Medical and sanitary report of the native army of Madras for the year
Year: 1872
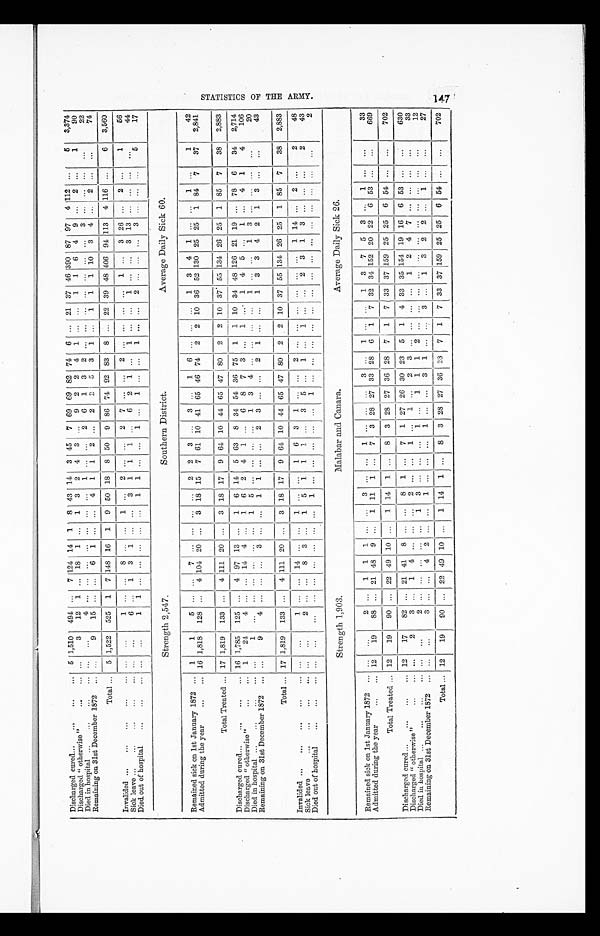
Discharged cured ...
...
...
... 5 1,510 494 ...
7 124 14 1 8 43 14 3 45 7 69 69 82 74 6 ... 21 37 46 390 87 97 4 112 ...
5
3,374
Discharged" otherwise"
...
... ...
3
12 1 ... 18 1 ... 1 3 2 4 3 ...
9 2 2 4 1 ...
... 1 1 6 4 9 ... 2 ...
1
90
Died in hospita ...
...
...
... ...
..,
4 ... ...
... ... ... ... ... 1 ... ... 2
6 1 3 2
. ..
... ... ... ... ... ... 3 ... ... ... ...
22
Remaining on 31st December 1872 ... ...
9
15 ... ... 6 1 ... ...
4 1 1 2 ... 2 2 5 3 1 ...
1 1 1 10 3 4 ... 2 ... ...
74
Total ... 5 1,522 525 1 7 148 16 1 9 50 18 8 50 9 86 74 92 83 8 ... 22 39 48 406 94 113 4 116 ...
6
3,560
Invalided ...
...
...
... ... ... ...
1 ... ...
8 ... ...
1 ... 2 ... ...
2 7 ...
..
2 .. ... ... ...
1 ... 3 26 ...
2
1
56
Sick leave ...
... ... ...
... ...
...
6 ... 1 3 1 ... ...
3 1 1 1 ...
6 2
1 ...
1 ... ...
1 ... ... 3 13 ... ... ... ...
44
Died.out of hospital
..
... ... ...
... 1
1 ... ... ... ... ... 1 1 ... .. 1 ... 1 ... ... 1 ...
...
2 ... ... ... 3 ... ... ...
5
17
Strength 2,547.
Southern District.
Average Daily Sick 60.
Remained sick on 1st January 1872 ... 1
1
5 ... ...
7 ... ...
...
...
2 2 3
...
3 ...
1 6 ... ...
...
1 3 4 1 ... ...
1
...
1
42
Admitted during the year
...
... 16 1,818 128 ...
4 104 20 ... 3. 18 15 7 61 10 41 65 46 74 2 2 10 36 52 130 25 25 1 84
7
37
2,841
Total Treated ... 17 1,819 133 ... 4 111 20 ...
3 18 17 9 64 10 44 65 47 80 2 2 10 37 55 134 26 25 1 85 7
38
2,883
Discharged curecl... ...
...
...
... 16 1,785 125 ... 4 97 13 ...
1 6 14 5 63 8 34 54 36 75 1 1 10 34 48 126 21 19 ... 78 6
34
2,714
Discharged" otherwise"
...
... 1
24
4 ... ... 14 4 ...
1 6 2 4 1 ...
6 8 7 3 ... 1 ...
1 4 5 ...
1 ... 4 1
4
106
Died in hospital ...
... ...
... ... 1
...
... ... ... ... ... 1 5 ... ... ... ... 1 3 4 ... ... ... ... 1 ... ... 1 3 ... ... ... ...
20
Remaining on 31s. t. December 1872 ... ...
9
4 ... ... ... 3 ... ... 1 1 ... ...
2 3 ... ...
2 1 ... ...
1 3 3 4 2 1 3 ...
...
43
Total ... 17 1,819 133 ...
4 111 20 ...
3 18 17 9 64 10 44 65 47 80 2 2 10 37 55 134 26 25 1 85 7
38
2883
Invalided ...
...
...
...
... ... ... 1
... ... 14 ... ... 1
. . . ... 1 6 3 1
. . . . ... 2 ... ... ... ...
... ...
1 14 ...
2 ...
2
48
Sick leave
...
... ...
... ... ...
2 . . . . . .
8 3 ...
1 5 1 1 1 . . .
3 5 ...
1 ...
1 ... ...
2 3 1 3 ... ... ...
2
43
Died out of hospital
... ...
...
...
... ... ... ... ... ... ...
1 ... ... ... ... ...
1 ... ... ... ...
... ... ... ... ... ... ... ... ...
2
Strength 1,903.
Malabar and Canara.
Average Daily Sick 26.
Remained sick. on lst January 1872 ... ... ...
2 ...
1 1
... ...
... 3 ... ...
1
...
...
. . .
3 ...
1 ... ...
1 3 7 5 3
...
1
... ...
33
Admitted during the year
...
... 12
19
88 ... 21 48 9 ...
1 11 1 ... 7 3 28 27 33 2 8 6 1 7 32 34 152 20 22
6
53
... ...
669
Total Treated ... 12
19
90 ... 22 49 10 ...
1 14 1 ... 8 3 28 27 36 28 7
1 7 33 37 159 25 25 6 54 ... ...
702
Discharged curecl ...
...
...
... 12
17
82 ...
21
41 8 ... ... 8 1 ...
7 1 27 26 30 23 5 1 4 33 35 154 19 16 6 53
... ...
630
Discharged " otherwise"
...
... ...
2
3 ...
1 4 ... ... ...
2 ... ...
1 ...
1 ...
2 3 ... ... ... ...
1 2 4 7 ... ... ...
...
33
Died in hospita ...
...
...
... ... ... 2
... ... ... ... ... 1 3 ... ... ... 1 ... 1 1 1 2 ... ... ... ...
... ... ... ... ... ...
...
12
Remaining on 31st December 1872 .., ...
...
3 ... ...
4 2 ... ... 1 ... ... ...
1 ... ... 3 1 ... ... 3 ... 1 3 2 2 ... 1 ...
...
27
Total ... 12
19
90 ... 22 49 10 ... 1
14 1 ... 8 3
28 27 36 23 7
1 7 33 37 159 25 25 6 54 ...
...
702
702
S T A T I S T I C S O F T H E A R M Y .
*
147